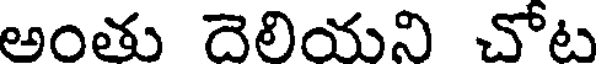
అంతు దెలియని చోట